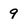
Character: 9